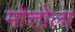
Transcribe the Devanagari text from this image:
मोत्तोला